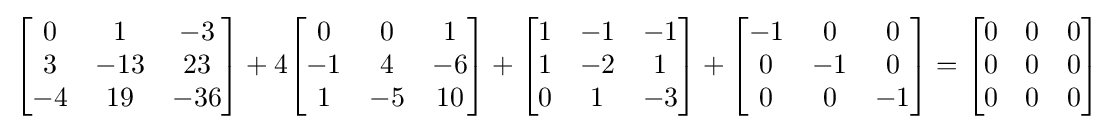
{\begin{bmatrix}0&1&-3\\3&-13&23\\-4&19&-36\end{bmatrix}}+4{\begin{bmatrix}0&0&1\\-1&4&-6\\1&-5&10\end{bmatrix}}+{\begin{bmatrix}1&-1&-1\\1&-2&1\\0&1&-3\end{bmatrix}}+{\begin{bmatrix}-1&0&0\\0&-1&0\\0&0&-1\end{bmatrix}}={\begin{bmatrix}0&0&0\\0&0&0\\0&0&0\end{bmatrix}}